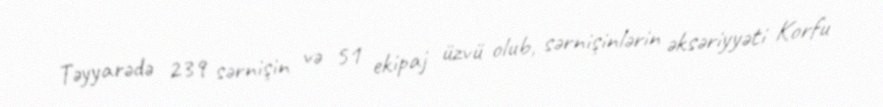
Təyyarədə 239 sərnişin və 51 ekipaj üzvü olub, sərnişinlərin əksəriyyəti Korfu